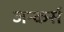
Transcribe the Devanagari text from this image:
जन्कर्स